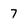
Character: 7